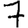
Digit: 7